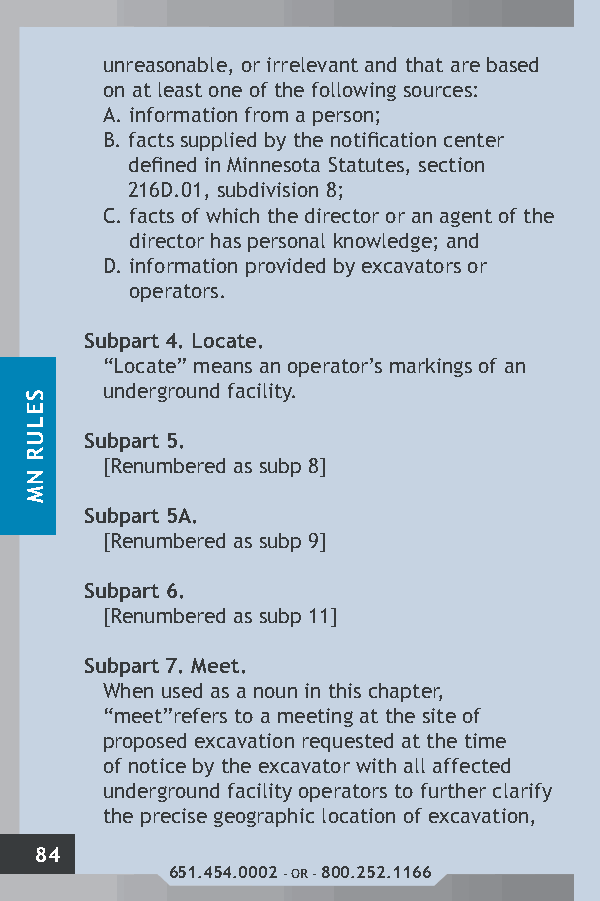
unreasonable, or irrelevant and that are based
 on at least one of the following sources:
 A. information from a person;
 B. facts supplied by the notification center
 defined in Minnesota Statutes, section
 216D.01, subdivision 8;
 C. facts of which the director or an agent of the
 director has personal knowledge; and
 D. information provided by excavators or
 operators.
 Subpart 4. Locate.
 “Locate” means an operator’s markings of an
 underground facility.
 Subpart 5.
 [Renumbered as subp 8]
 Subpart 5A.
 [Renumbered as subp 9]
 Subpart 6.
 [Renumbered as subp 11]
 Subpart 7. Meet.
 When used as a noun in this chapter,
 “meet”refers to a meeting at the site of
 proposed excavation requested at the time
 of notice by the excavator with all affected
 underground facility operators to further clarify
 the precise geographic location of excavation,
 84
 651.454.0002 - OR - 800.252.1166
 SELUR
 NM